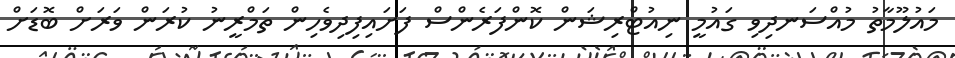
މައުލޫމާތު މުއްސަނދިވި ގައުމީ ނިއުޓްރިޝަން ކޮންފަރެންސް ފަށައިފިދިވެހިން ތަމްރީނު ކުރަން ވަރަށް ބޮޑަށް